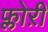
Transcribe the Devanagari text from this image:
फ्लोऱी